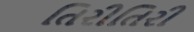
તિરીતિરી